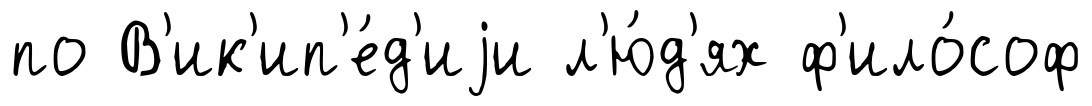
по В'ик'ип'е́д'иjи л'ю́д'ях ф'ило́соф